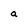
Character: a